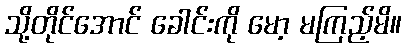
သို့တိုင်အောင် ခေါင်းကို မော့ မကြည့်မိ။